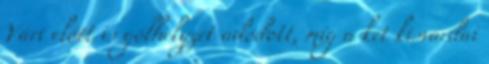
Vári előtt is gólhelyzet adódott, míg a két kisvárdai